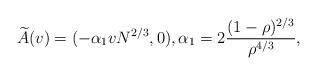
LaTeX: \begin{align*}\widetilde A(v)=(-\alpha_1 v N^{2/3},0),\alpha_1 = 2\frac{(1-\rho)^{2/3}}{\rho^{4/3}},\end{align*}